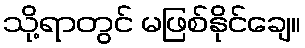
သို့ရာတွင် မဖြစ်နိုင်ချေ။